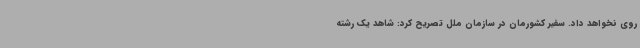
روی نخواهد داد. سفیر کشورمان در سازمان ملل تصریح کرد: شاهد یک رشته